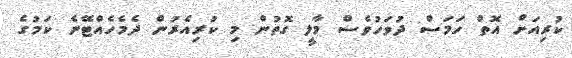
ކުރިއަށް އޮތް ހަމަސް ދުވަހުވެސް މާލީ ގޮތުން މި ކުރިއެރުން ދެމެހެއްޓޭނެ ކަމުގެ